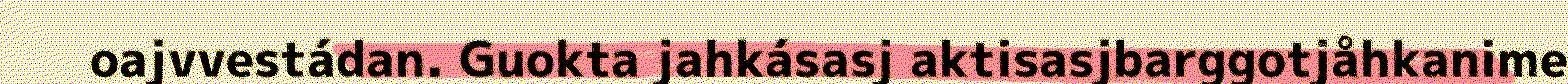
oajvvestádan. Guokta jahkásasj aktisasjbarggotjåhkanime